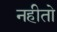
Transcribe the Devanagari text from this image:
नहीतो